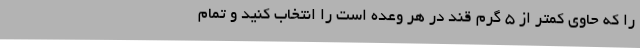
را که حاوی کمتر از 5 گرم قند در هر وعده است را انتخاب کنید و تمام